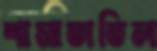
শামাতাতিল